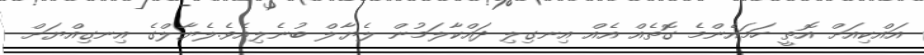
އައްކިއަށް އޮތީ ހަމައެންމެ ގޮތެއް އެއް އިނގިލި ދައްކާލަމުން ލެޔާލް ބުނެލިއެވެ.ލެޔާލްގެ އިނގިއްޔަށް